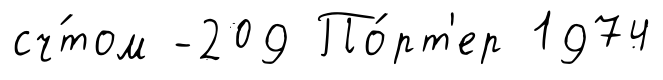
сч́том -209 По́рт'ер 1974